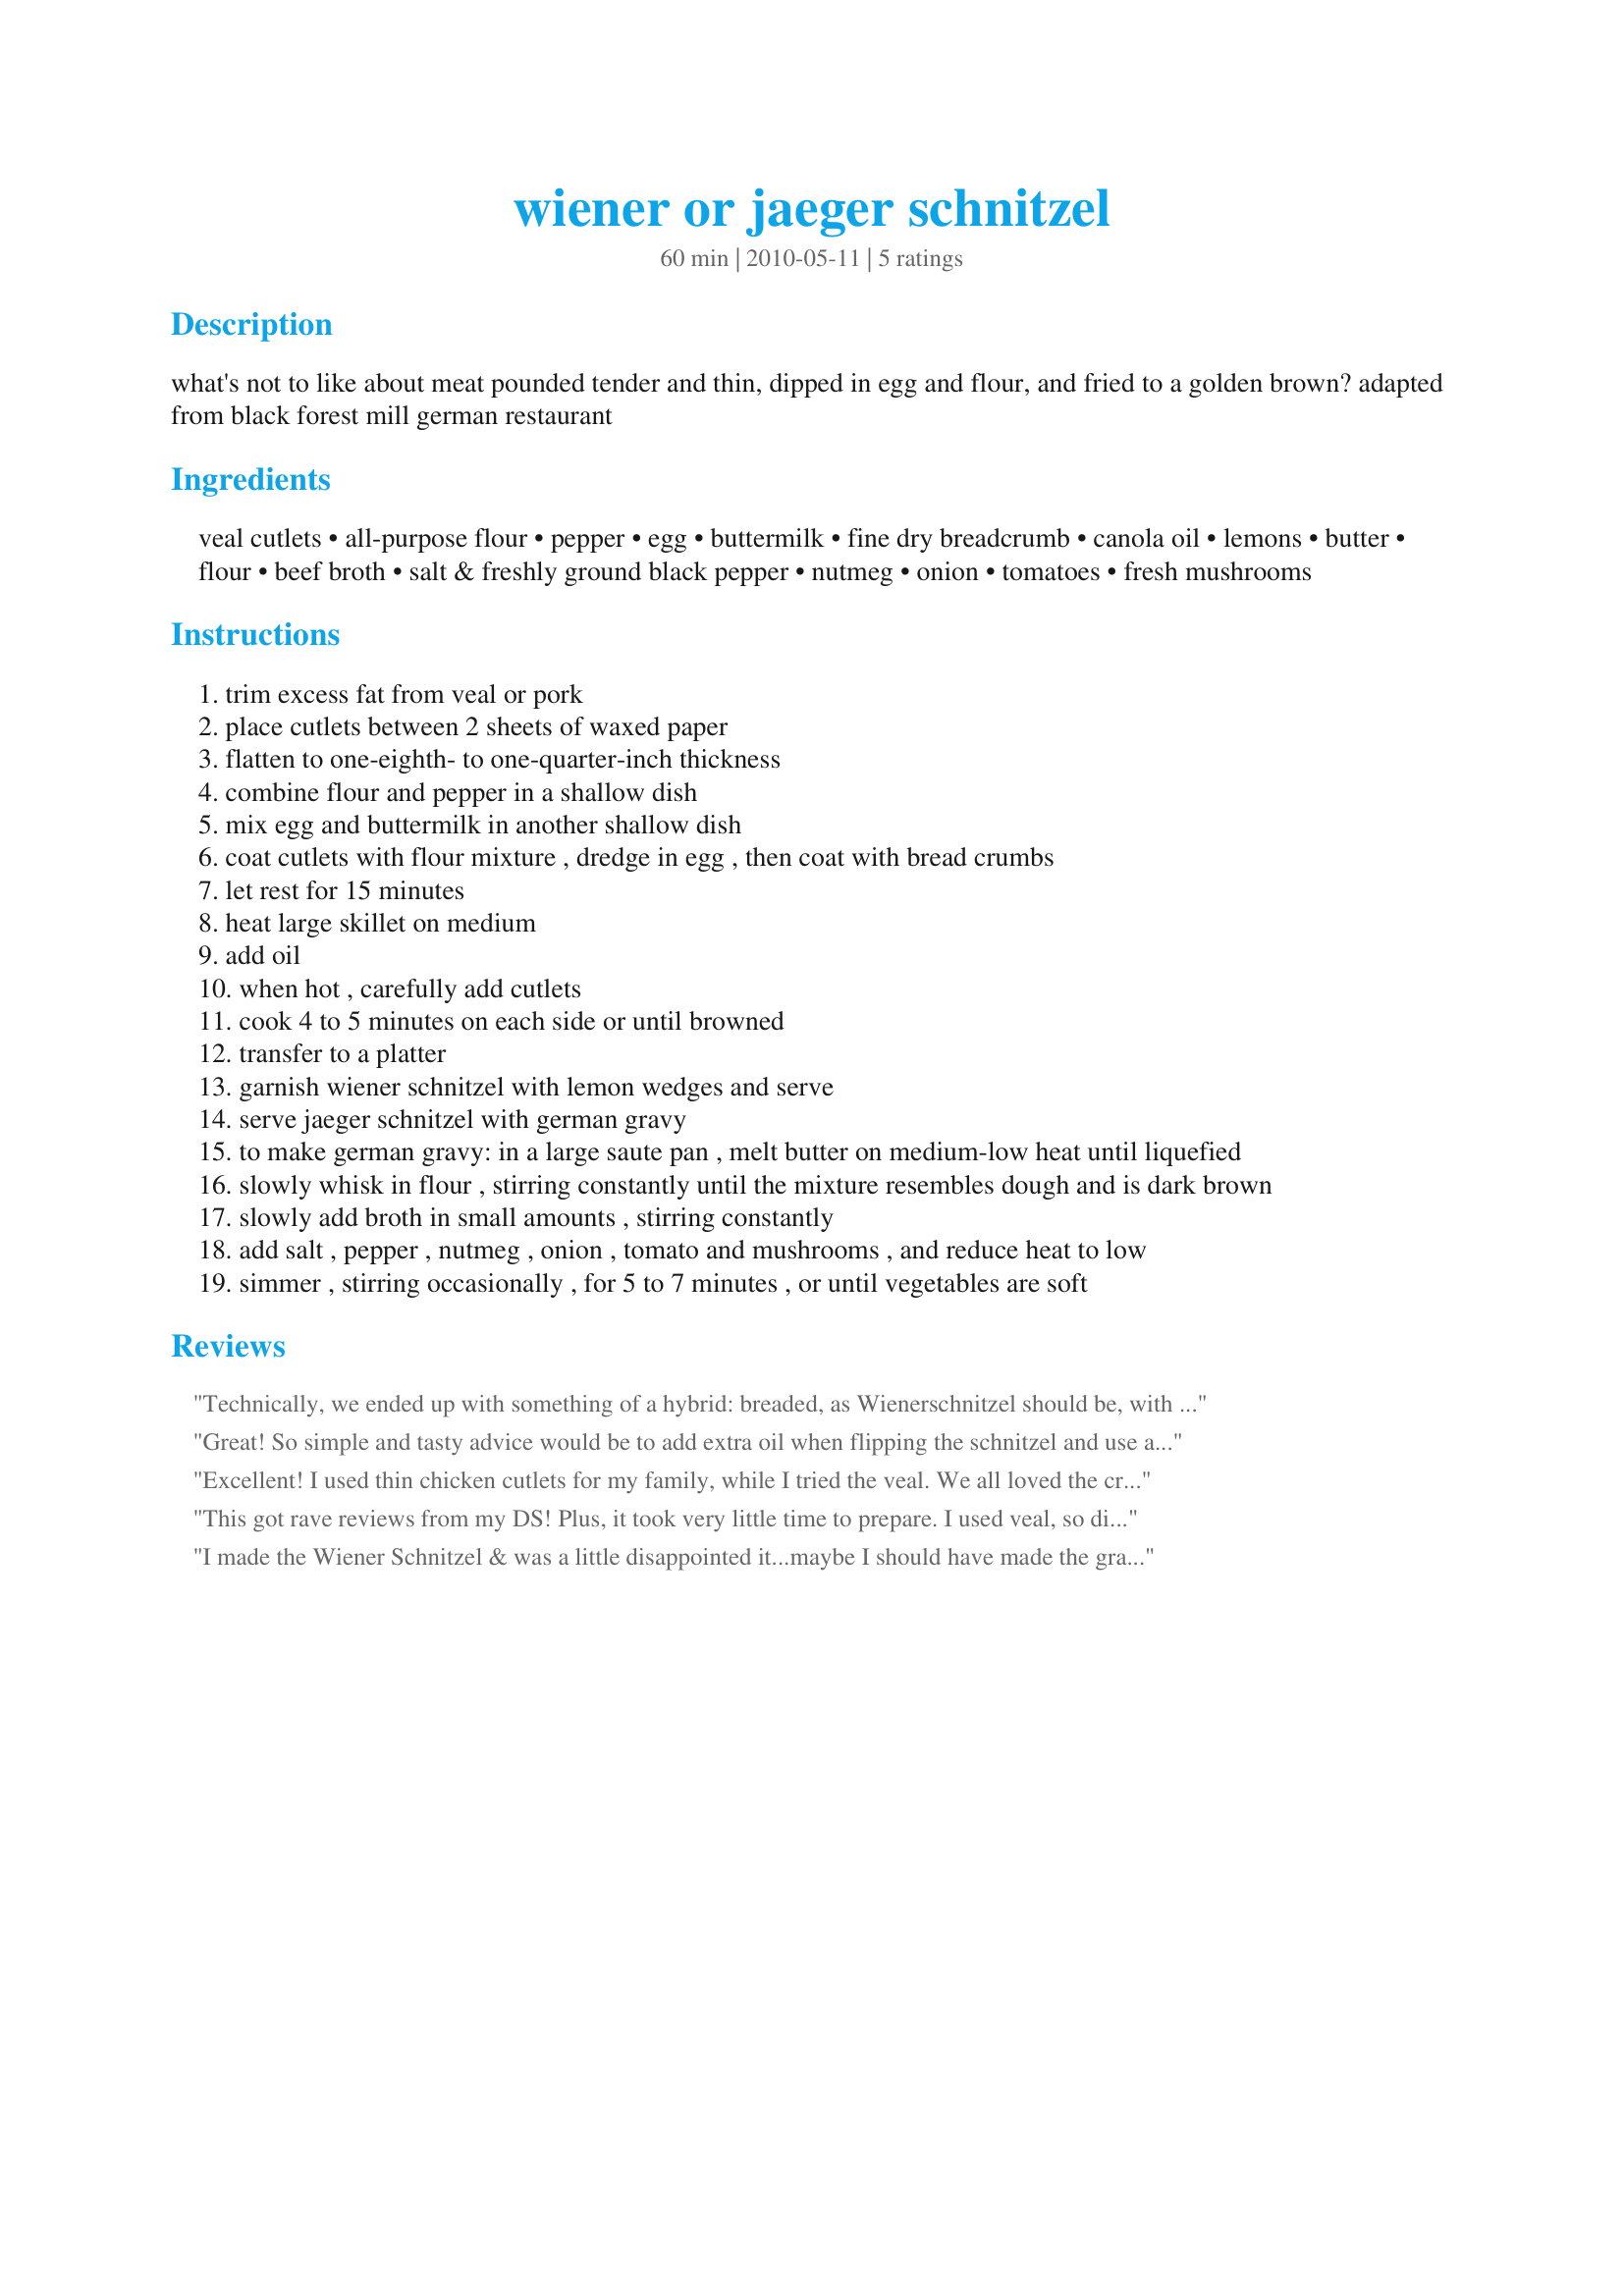
wiener or jaeger schnitzel
Preparation time: 60 minutes

what's not to like about meat pounded tender and thin, dipped in egg and flour, and fried to a golden brown? adapted from black forest mill german restaurant

Ingredients:
veal cutlets, all-purpose flour, pepper, egg, buttermilk, fine dry breadcrumb, canola oil, lemons, butter, flour, beef broth, salt & freshly ground black pepper, nutmeg, onion, tomatoes, fresh mushrooms

Steps:
trim excess fat from veal or pork
place cutlets between 2 sheets of waxed paper
flatten to one-eighth- to one-quarter-inch thickness
combine flour and pepper in a shallow dish
mix egg and buttermilk in another shallow dish
coat cutlets with flour mixture , dredge in egg , then coat with bread crumbs
let rest for 15 minutes
heat large skillet on medium
add oil
when hot , carefully add cutlets
cook 4 to 5 minutes on each side or until browned
transfer to a platter
garnish wiener schnitzel with lemon wedges and serve
serve jaeger schnitzel with german gravy
to make german gravy: in a large saute pan , melt butter on medium-low heat until liquefied
slowly whisk in flour , stirring constantly until the mixture resembles dough and is dark brown
slowly add broth in small amounts , stirring constantly
add salt , pepper , nutmeg , onion , tomato and mushrooms , and reduce heat to low
simmer , stirring occasionally , for 5 to 7 minutes , or until vegetables are soft

Reviews:
Technically, we ended up with something of a hybrid: breaded, as Wienerschnitzel should be, with a wonderful Jaegerschnitzel mushroom gravy. I have to say it was excellent, and the question of breaded or not is probably a regional one. That said, this is the right approach to breading, the breading stayed in place, and the use of buttermilk was a nice twist that seems authentic but which I haven't seen before. Everyone loved it! I'll be trying this with chicken or veal soon.
Great! So simple and tasty advice would be to add extra oil when flipping the schnitzel and use a low heat as most of my peices stuck to the pan and had no batter on the one side
Excellent! I used thin chicken cutlets for my family, while I tried the veal. We all loved the crispiness of the meat. The gravy puts this recipe over the top. I wasn&#039;t sure about adding so many ingredients to gravy, but really loved the outcome. So much so, I&#039;ll tuck this into my best of 2015 file. Made for CQ2 - Switzerland. Thank you!
This got rave reviews from my DS! Plus, it took very little time to prepare. I used veal, so didn't prepare the gravy....although it sounds interesting for pork. We really enjoyed this....thanks for sharing your recipe!
I made the Wiener Schnitzel & was a little disappointed it...maybe I should have made the gravy, too. Doubt if I'll make it again, though. Sorry!
